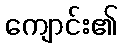
ကျောင်း၏